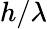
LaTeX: h/{\lambda}